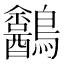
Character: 𪈍